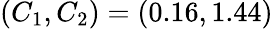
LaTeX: (C_{1},C_{2})=(0.16,1.44)